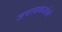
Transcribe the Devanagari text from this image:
जवाबकर्तायों